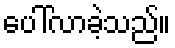
ပေါ်လာခဲ့သည်။